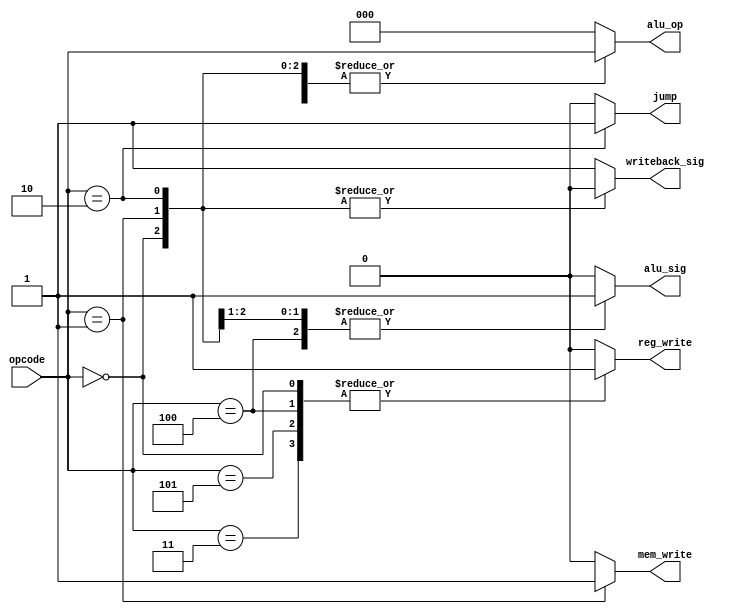
`timescale 1ns / 1ps
//////////////////////////////////////////////////////////////////////////////////
//   SUBMISSION 
//////////////////////////////////////////////////////////////////////////////////

module Control_Unit(input [2:0] opcode,
                    output reg [2:0] alu_op,
                    output reg jump,mem_write,alu_sig, writeback_sig,reg_write);
    parameter [2:0] lw = 3'b000, sw = 3'b001, jmp = 3'b010, add = 3'b011, addi = 3'b100, sub = 3'b101; //create all possible parameters
    
    initial begin
        jump = 0;
    end
    
    always @(opcode)
    
    begin
        case(opcode)
        lw:
        begin
//            reg_dst = 2'b00;  
//            mem_to_reg = 2'b01;
            alu_op = opcode; 
            jump = 1'b0;
            mem_write = 1'b0;
            alu_sig = 1'b1;
            writeback_sig = 1'b0;
            reg_write = 1'b1;
        end
        sw:
        begin
//            reg_dst = 2'b00;  
//            mem_to_reg = 2'b00;
            alu_op = opcode; 
            jump = 1'b0;
            mem_write = 1'b1;
            alu_sig = 1'b1;
            writeback_sig = 1'b0;
            reg_write = 1'b0;
        end
        jmp: //Add when there is a jump instruction need to foward a 1 bit to the PC
        begin
//            reg_dst = 2'b00;  
//            mem_to_reg = 2'b00;
            alu_op = opcode; 
            jump = 1'b1;
            mem_write = 1'b0;
            alu_sig = 1'b0;
            writeback_sig = 1'b0;
            reg_write = 1'b0;
        end
        add:
        begin
//            reg_dst = 2'b01;  
//            mem_to_reg = 2'b00;
            alu_op = opcode; 
            jump = 1'b0;
            mem_write = 1'b0;
            alu_sig = 1'b0;
            writeback_sig = 1'b1;
            reg_write = 1'b1;
        end
        addi:
        begin
//            reg_dst = 2'b00;  
//            mem_to_reg = 2'b00;
            alu_op = opcode; 
            jump = 1'b0;
            mem_write = 1'b0;
            alu_sig = 1'b1;
            writeback_sig = 1'b1;
            reg_write = 1'b1;
        end
        sub:
        begin
//            reg_dst = 2'b01;  
//            mem_to_reg = 2'b00;
            alu_op = opcode; 
            jump = 1'b0;
            mem_write = 1'b0;
            alu_sig = 1'b0;
            writeback_sig = 1'b1;
            reg_write = 1'b1;
        end
        default:
        begin
//            reg_dst = 2'b00;  
//            mem_to_reg = 2'b00;
            alu_op = 2'b00; 
            jump = 1'b0;
            mem_write = 1'b0;
            alu_sig = 1'b0;
            writeback_sig = 1'b1;
            reg_write = 1'b0;
        end        
        endcase
    end
endmodule